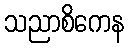
သညာစိကေန